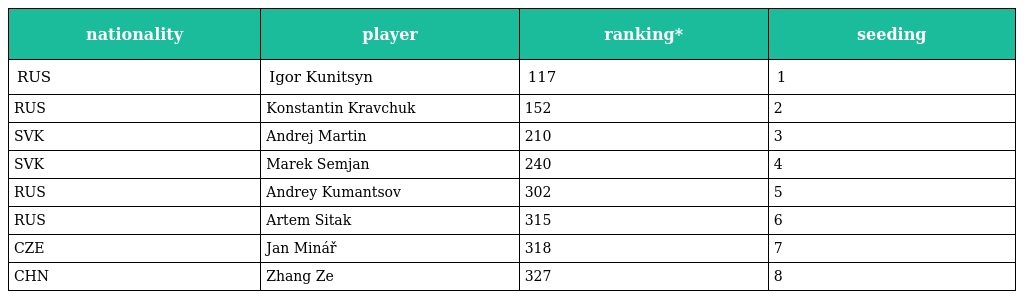
| nationality | player | ranking* | seeding |
 | --- | --- | --- | --- |
 | RUS | Igor Kunitsyn | 117 | 1 |
 | RUS | Konstantin Kravchuk | 152 | 2 |
 | SVK | Andrej Martin | 210 | 3 |
 | SVK | Marek Semjan | 240 | 4 |
 | RUS | Andrey Kumantsov | 302 | 5 |
 | RUS | Artem Sitak | 315 | 6 |
 | CZE | Jan Minář | 318 | 7 |
 | CHN | Zhang Ze | 327 | 8 |